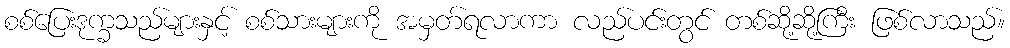
စစ်ပြေးဒုက္ခသည်များနှင့် စစ်သားများကို အမှတ်ရလာကာ လည်ပင်းတွင် တစ်ဆို့ဆို့ကြီး ဖြစ်လာသည်။